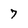
Character: 7